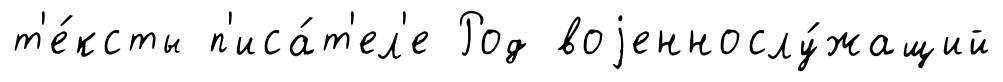
т'е́ксты п'иса́т'ел'е Род воjеннослу́жащий